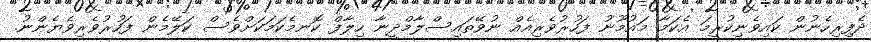
ދެފިރިހެނުން ކައިވެނިކުރީމަ އެކަމާ މައުމޫނު ފަހުރުވެރިއެއް ނުވޭތައިސްލާމްދީނާ ހިލާފް ކޮނމެކަމަކަށްވެސް ކަލޭމެން ފަހުރުވެރިވެޔެންނު.